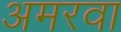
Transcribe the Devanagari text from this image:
अमरवा